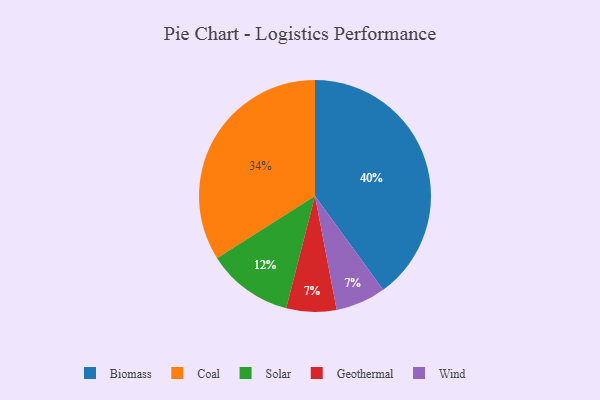
{"axis": {"x": "Category", "y": "Percentage"}, "legend": ["Biomass", "Coal", "Geothermal", "Solar", "Wind"], "data": [{"x": "Coal", "y": 34, "type": "Coal"}, {"x": "Solar", "y": 12, "type": "Solar"}, {"x": "Geothermal", "y": 7, "type": "Geothermal"}, {"x": "Biomass", "y": 40, "type": "Biomass"}, {"x": "Wind", "y": 7, "type": "Wind"}]}